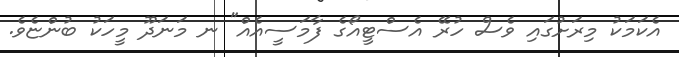
އެކަމަކު މިރަށުގައި ވެސް ހުރޭ އެސްޓީއޯގެ ފާމަސީއެއް" ނ މަނަދޫ މީހަކު ބުންޏެވެ.